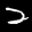
Label: 2